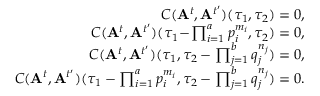
\begin{array} { r } { C ( \mathbf { A } ^ { t } , \mathbf { A } ^ { t ^ { \prime } } ) ( \tau _ { 1 } , \tau _ { 2 } ) = 0 , } \\ { C ( \mathbf { A } ^ { t } , \mathbf { A } ^ { t ^ { \prime } } ) ( \tau _ { 1 } \! - \! \prod _ { i = 1 } ^ { a } p _ { i } ^ { m _ { i } } , \tau _ { 2 } ) = 0 , } \\ { C ( \mathbf { A } ^ { t } , \mathbf { A } ^ { t ^ { \prime } } ) ( \tau _ { 1 } , \tau _ { 2 } - \prod _ { j = 1 } ^ { b } q _ { j } ^ { n _ { j } } ) = 0 , } \\ { C ( \mathbf { A } ^ { t } , \mathbf { A } ^ { t ^ { \prime } } ) ( \tau _ { 1 } - \prod _ { i = 1 } ^ { a } p _ { i } ^ { m _ { i } } , \tau _ { 2 } - \prod _ { j = 1 } ^ { b } q _ { j } ^ { n _ { j } } ) = 0 . } \end{array}